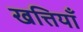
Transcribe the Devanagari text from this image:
खत्तियॉं